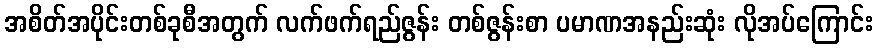
အစိတ်အပိုင်းတစ်ခုစီအတွက် လက်ဖက်ရည်ဇွန်း တစ်ဇွန်းစာ ပမာဏအနည်းဆုံး လိုအပ်ကြောင်း